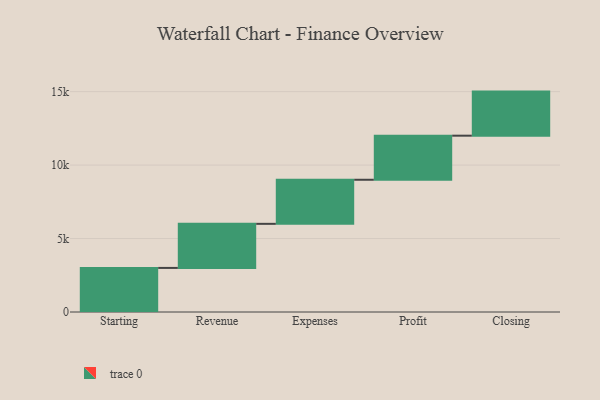
{"axis": {"x": "Step", "y": "Value"}, "legend": [""], "data": [{"x": "Starting", "y": 3000, "type": ""}, {"x": "Revenue", "y": 3000, "type": ""}, {"x": "Expenses", "y": 3000, "type": ""}, {"x": "Profit", "y": 3000, "type": ""}, {"x": "Closing", "y": 3000, "type": ""}]}